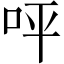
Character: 呯